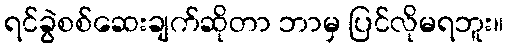
ရင်ခွဲစစ်ဆေးချက်ဆိုတာ ဘာမှ ပြင်လိုမရဘူး။